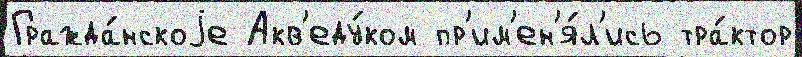
Гражда́нскоjе Акв'еду́ком пр'им'ен'я́л'ись тра́ктор